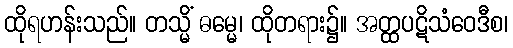
ထိုရဟန်းသည်။ တသ္မိံ ဓမ္မေ၊ ထိုတရား၌။ အတ္ထပဋိသံဝေဒီစ၊